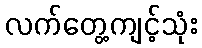
လက်တွေ့ကျင့်သုံး